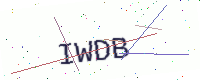
Text: IWDB